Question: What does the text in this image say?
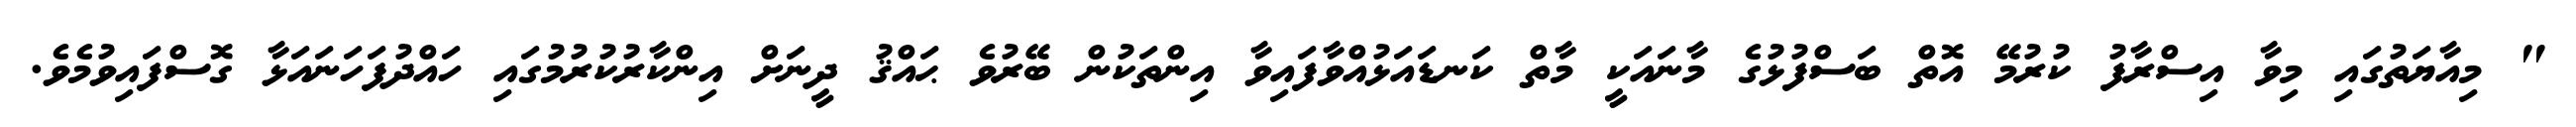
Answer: " މިއާޔަތުގައި މިވާ އިސްރާފު ކުރުމޭ އޮތް ބަސްފުޅުގެ މާނައަކީ މާތް ކަނޑައަޅުއްވާފައިވާ އިންތަކުން ބޭރުވެ ޙައްޤު ދީނަށް އިންކާރުކުރުމުގައި ހައްދުފަހަނައަޅާ ގޮސްފައިވުމެވެ.